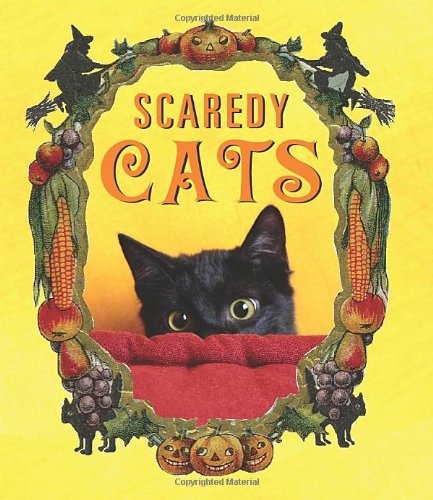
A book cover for Scaredy Cats; Jennifer Leczkowski; Humor & Entertainment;